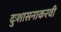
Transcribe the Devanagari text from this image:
दुःशासनाकरवी